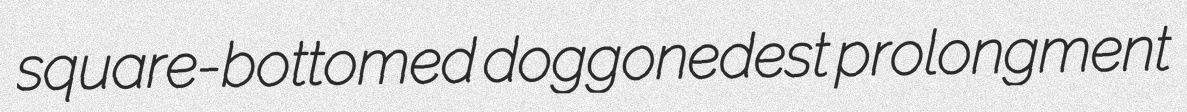
square-bottomed doggonedest prolongment